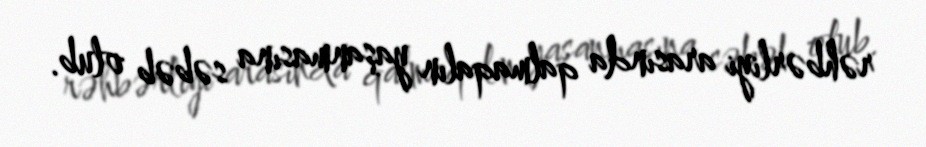
rəhbərliyi arasında qalmaqalın yaşanmasına səbəb olub.